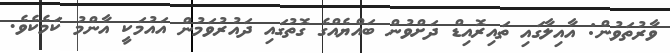
ވާރުތަވުން: އާއިލާގައި ތައިރޮއިޑް ދަށްވުން ބައްޔެއްގެ ގޮތުގައި ދައުރުވަމުން އައުމަކީ އާންމު ކަމެކެވެ.